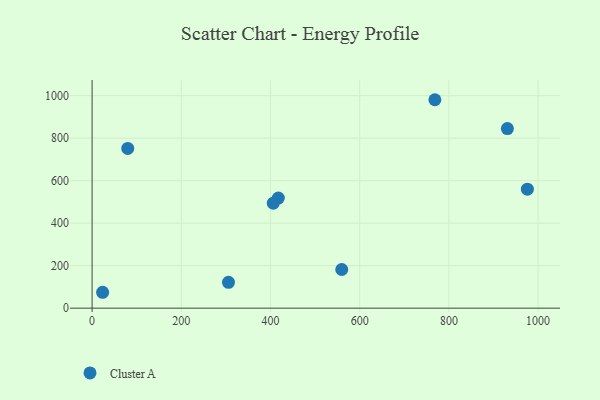
{"axis": {"x": "Study Hours", "y": "Fuel Efficiency"}, "legend": ["Cluster A"], "data": [{"x": "417.5", "y": 518.2, "type": "Cluster A"}, {"x": "23.6", "y": 74.8, "type": "Cluster A"}, {"x": "406.2", "y": 494.3, "type": "Cluster A"}, {"x": "975.9", "y": 560.0, "type": "Cluster A"}, {"x": "79.9", "y": 751.6, "type": "Cluster A"}, {"x": "931.1", "y": 845.0, "type": "Cluster A"}, {"x": "305.8", "y": 121.8, "type": "Cluster A"}, {"x": "768.5", "y": 981.0, "type": "Cluster A"}, {"x": "559.7", "y": 182.0, "type": "Cluster A"}]}